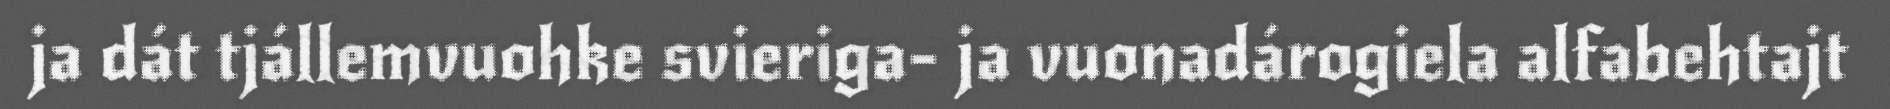
ja dát tjállemvuohke svieriga- ja vuonadárogiela alfabehtajt